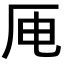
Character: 𪠄